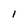
Character: I